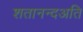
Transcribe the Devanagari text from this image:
शतानन्दअति